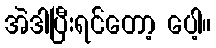
အဲဒါပြီးရင်တော့ ပေါ့။